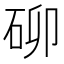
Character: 𮀐